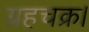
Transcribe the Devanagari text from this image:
ग्रहचक्र।